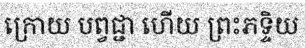
ក្រោយ បព្វជ្ជា ហើយ ព្រះភទ្ទិយ